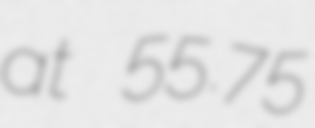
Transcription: at 55.75